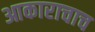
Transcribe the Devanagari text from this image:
आकाराचाच